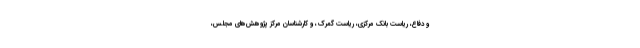
و دفاع، ریاست بانک مرکزی، ریاست گمرک، و کارشناسان مرکز پژوهش‌های مجلس،